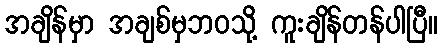
အချိန်မှာ အချစ်မှဘဝသို့ ကူးချိန်တန်ပါပြီ။